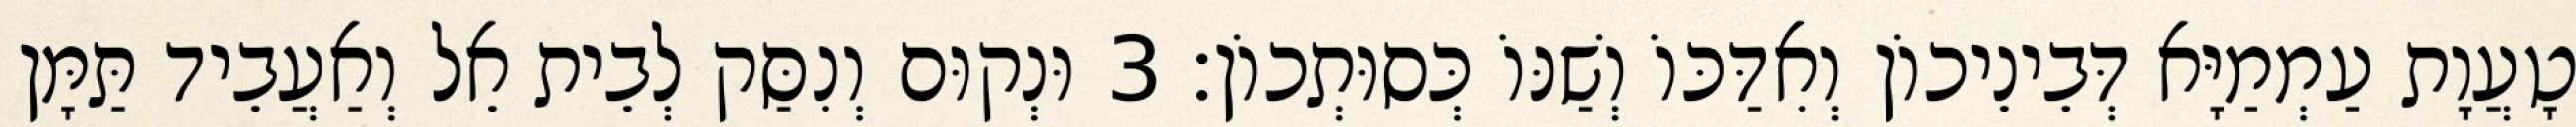
טָעֲוָת עַמְמַיָּא דְּבֵינֵיכוֹן וְאִדַּכּוֹ וְשַׁנּוֹ כְּסוּתְכוֹן׃ 3 וּנְקוּם וְנִסַּק לְבֵית אֵל וְאַעֲבֵיד תַּמָּן